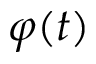
\varphi ( t )